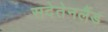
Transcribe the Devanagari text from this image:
सदेतेनलैंड